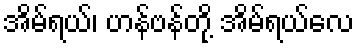
အိမ်ရယ်၊ ဟန်ဗန်တို့ အိမ်ရယ်လေ